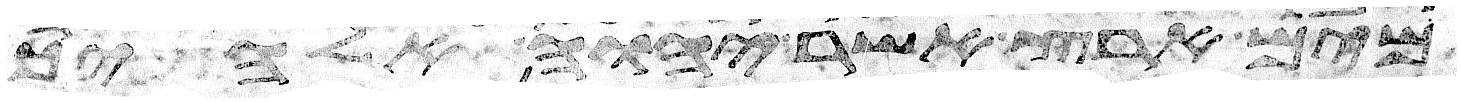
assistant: מים ארץ אשר יהוה אלהיך